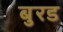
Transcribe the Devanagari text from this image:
बुरड